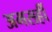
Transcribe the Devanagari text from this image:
अमसहीं